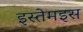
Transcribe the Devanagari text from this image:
इस्तेमइस